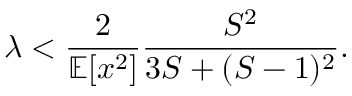
\lambda < \frac { 2 } { \mathbb { E } [ x ^ { 2 } ] } \frac { S ^ { 2 } } { 3 S + ( S - 1 ) ^ { 2 } } .